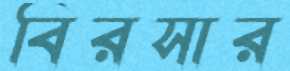
বিরসার